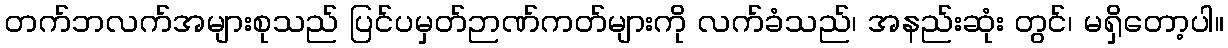
တက်ဘလက်အများစုသည် ပြင်ပမှတ်ဉာဏ်ကတ်များကို လက်ခံသည်၊ အနည်းဆုံး တွင်၊ မရှိတော့ပါ။